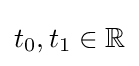
t_{0},t_{1}\in \mathbb {R}